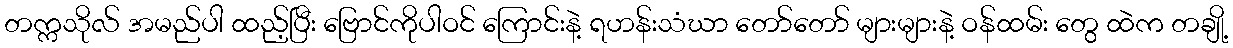
တက္ကသိုလ် အမည်ပါ ထည့်ပြီး ဗြောင်ကိုပါဝင် ကြောင်းနဲ့ ရဟန်းသံဃာ တော်တော် များများနဲ့ ဝန်ထမ်း တွေ ထဲက တချို့